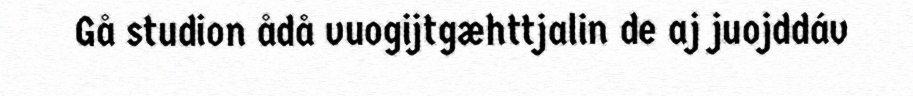
Gå studion ådå vuogijtgæhttjalin de aj juojddáv